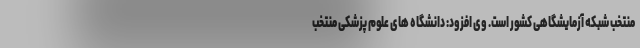
منتخب شبکه آزمایشگاهی کشور است. وی افزود: دانشگاه های علوم پزشکی منتخب